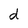
Character: d